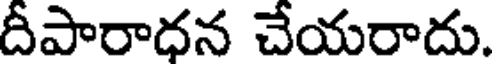
దీపారాధన చేయరాదు.